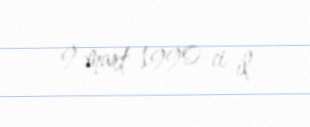
9 mart 1990-ci il